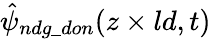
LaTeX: \hat{\psi}_{ndg\_ don}(z\times ld,t)